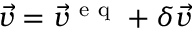
\vec { v } = \vec { v } ^ { \mathrm { ~ e ~ q ~ } } + \delta \vec { v }